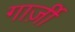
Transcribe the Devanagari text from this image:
गार्ज़ी